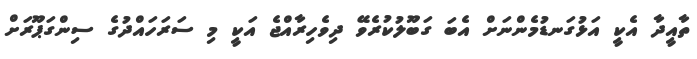
ތާއީދާ އެކީ އަޅުގަނޑުމެންނަށް އެބަ ގަބޫލުކުރެވޭ ދިވެހިރާއްޖެ އަކީ މި ސަރަހައްދުގެ ސިންގަޕޫރަށް